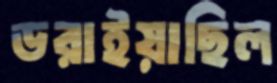
ডরাইয়াছিল